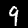
Label: 9